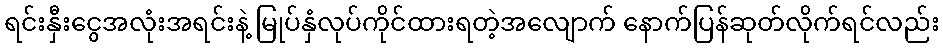
ရင်းနှီးငွေအလုံးအရင်းနဲ့ မြုပ်နှံလုပ်ကိုင်ထားရတဲ့အလျောက် နောက်ပြန်ဆုတ်လိုက်ရင်လည်း